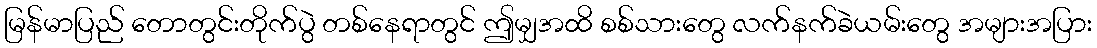
မြန်မာပြည် တောတွင်းတိုက်ပွဲ တစ်နေရာတွင် ဤမျှအထိ စစ်သားတွေ လက်နက်ခဲယမ်းတွေ အများအပြား